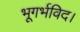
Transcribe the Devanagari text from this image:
भूगर्भविद।